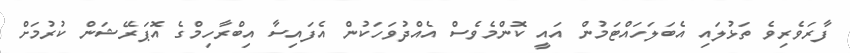
ފާރަވެރިވެ ތަޅުލައި އެބަލަހައްޓަމުން އައީ ކޮންމެވެސް އެއްދުވަހަކުން އެފައިސާ އިބްރާހިމްގެ އޮޕަރޭޝަން ކުރުމަށް